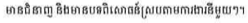
មានជំនាញ និងមានបទពិសោធន៍ស្របតាមការងារនីមួយៗ។